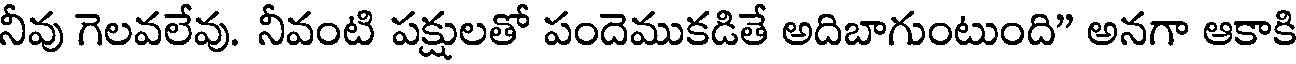
నీవు గెలవలేవు. నీవంటి పక్షులతో పందెముకడితే అదిబాగుంటుంది" అనగా ఆకాకి